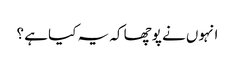
انہوں نے پوچھا کہ یہ کیا ہے ؟